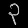
Digit: ၃